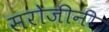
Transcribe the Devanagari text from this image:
सरोजीनी